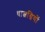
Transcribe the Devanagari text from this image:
धात्वग्नियों